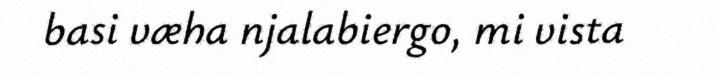
basi væha njalabiergo, mi vista